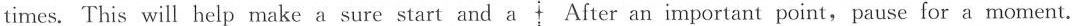
times. This will help make a sure start and a After an important point,pause for a moment.